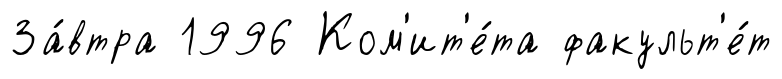
За́втра 1996 Ком'ит'е́та факульт'е́т